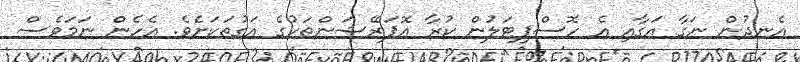
އެނދުން ނަގާ އަގާއި އެ ހޮސްޕިޓަލުން ކުރާ އޮޕަރޭޝަންތަކުގެ އަގުތަކަށެވެ. އެހެން ނަމަވެސް